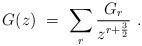
LaTeX: \begin{align*}G(z) \ = \ \sum_r {G_r \over z^{r+{3 \over 2}}} \ . \end{align*}